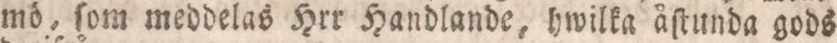
mö, ſom meddelas Hrr Handlande, hwilka åſtunda gods